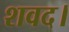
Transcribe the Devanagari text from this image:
शवद।